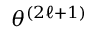
\theta ^ { ( 2 \ell + 1 ) }